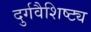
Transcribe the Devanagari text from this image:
दुर्गवैशिष्ट्य